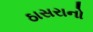
ઠાસરાનો